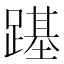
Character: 𨄎